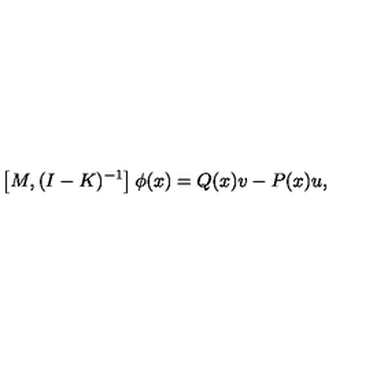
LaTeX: \left[ M , ( I - K ) ^ { - 1 } \right] \phi ( x ) = Q ( x ) v - P ( x ) u ,